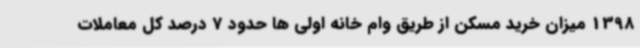
1398 میزان خرید مسکن از طریق وام خانه اولی ها حدود 7 درصد کل معاملات